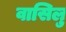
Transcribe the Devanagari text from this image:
वासिलु